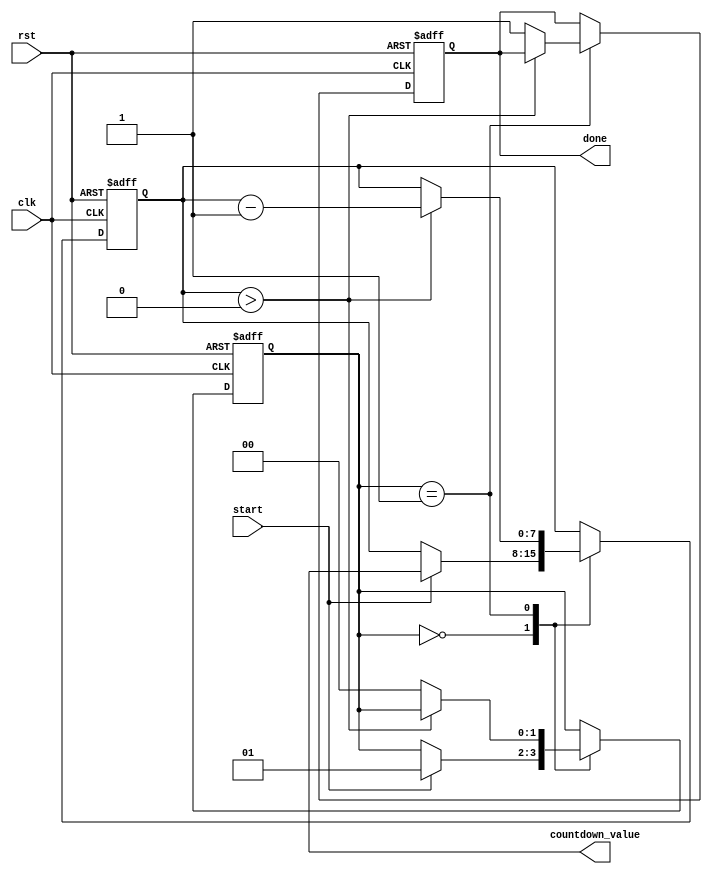
module countdown_timer (
  input wire clk,
  input wire rst,
  input wire start,
  output reg [7:0] countdown_value,
  output reg done
);

// Define state machine states
parameter IDLE = 2'b00;
parameter COUNTING = 2'b01;

// Define countdown value
reg [7:0] count_value;

// Define state register
reg [1:0] state;

// Define counter for countdown
reg [7:0] counter;

always @(posedge clk or posedge rst) begin
  if (rst) begin
    state <= IDLE;
    count_value <= 8'd0;
    counter <= 8'd0;
    done <= 1'b0;
  end else begin
    case (state)
      IDLE: begin
        if (start) begin
          state <= COUNTING;
          count_value <= countdown_value;
          counter <= countdown_value;
        end
      end
      COUNTING: begin
        if (counter > 8'd0) begin
          counter <= counter - 8'd1;
        end else begin
          state <= IDLE;
          done <= 1'b1;
        end
      end
    endcase
  end
end

endmodule